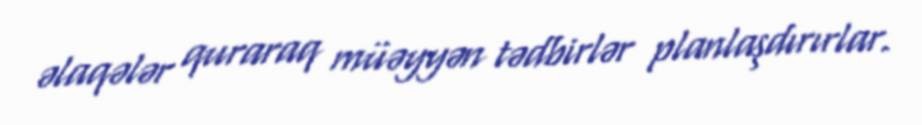
əlaqələr quraraq müəyyən tədbirlər planlaşdırırlar.